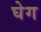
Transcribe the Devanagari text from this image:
घेग